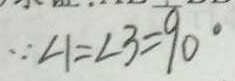
\because \angle 1 = \angle 3 = 9 0 ^ { \circ }